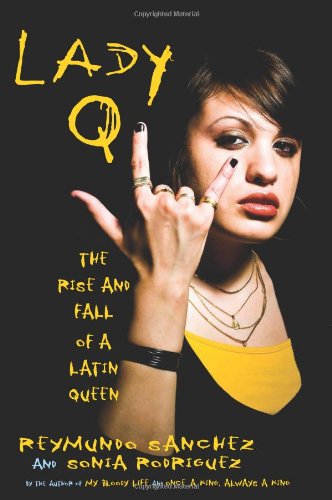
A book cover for Lady Q: The Rise and Fall of a Latin Queen; Reymundo Sanchez; Biographies & Memoirs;